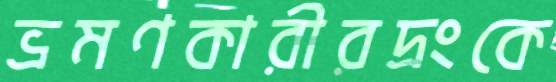
ভ্রমণকারীরদ্রংকে